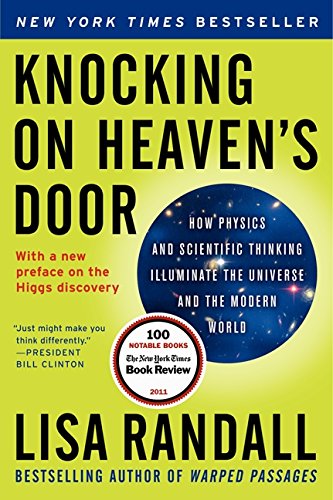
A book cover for Knocking on Heaven's Door: How Physics and Scientific Thinking Illuminate the Universe and the Modern World; Lisa Randall; Science & Math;